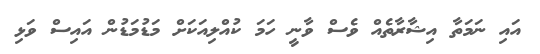
އައި ނަމަތާ އިޝާރާތެއް ވެސް ވާނީ ހަމަ ކުއްލިއަކަށް މަޑުމަޑުން އައިސް ވަޅި